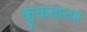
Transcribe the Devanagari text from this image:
कुंकवाच्या